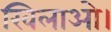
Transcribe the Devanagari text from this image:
खिलाओ।